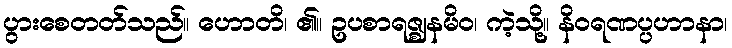
ပွားစေတတ်သည်။ ဟောတိ၊ ၏။ ဥပစာရဇ္ဈနမိဝ၊ ကဲ့သို့။ နိဝရဏပ္ပဟာနာ၊